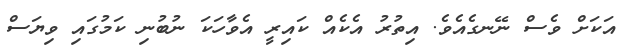
އަކަށް ވެސް ނޭނގެއެވެ. އިތުރު އެކެއް ކައިރީ އެވާހަކަ ނުބުނި ކަމުގައި ވިޔަސް